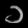
Digit: ၁